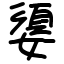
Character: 嬃